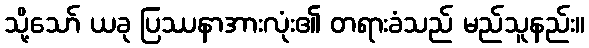
သို့သော် ယခု ပြဿနာအားလုံး၏ တရားခံသည် မည်သူနည်း။